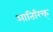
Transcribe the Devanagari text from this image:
आतिरिक्त्